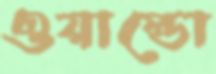
ওয়াল্ডো